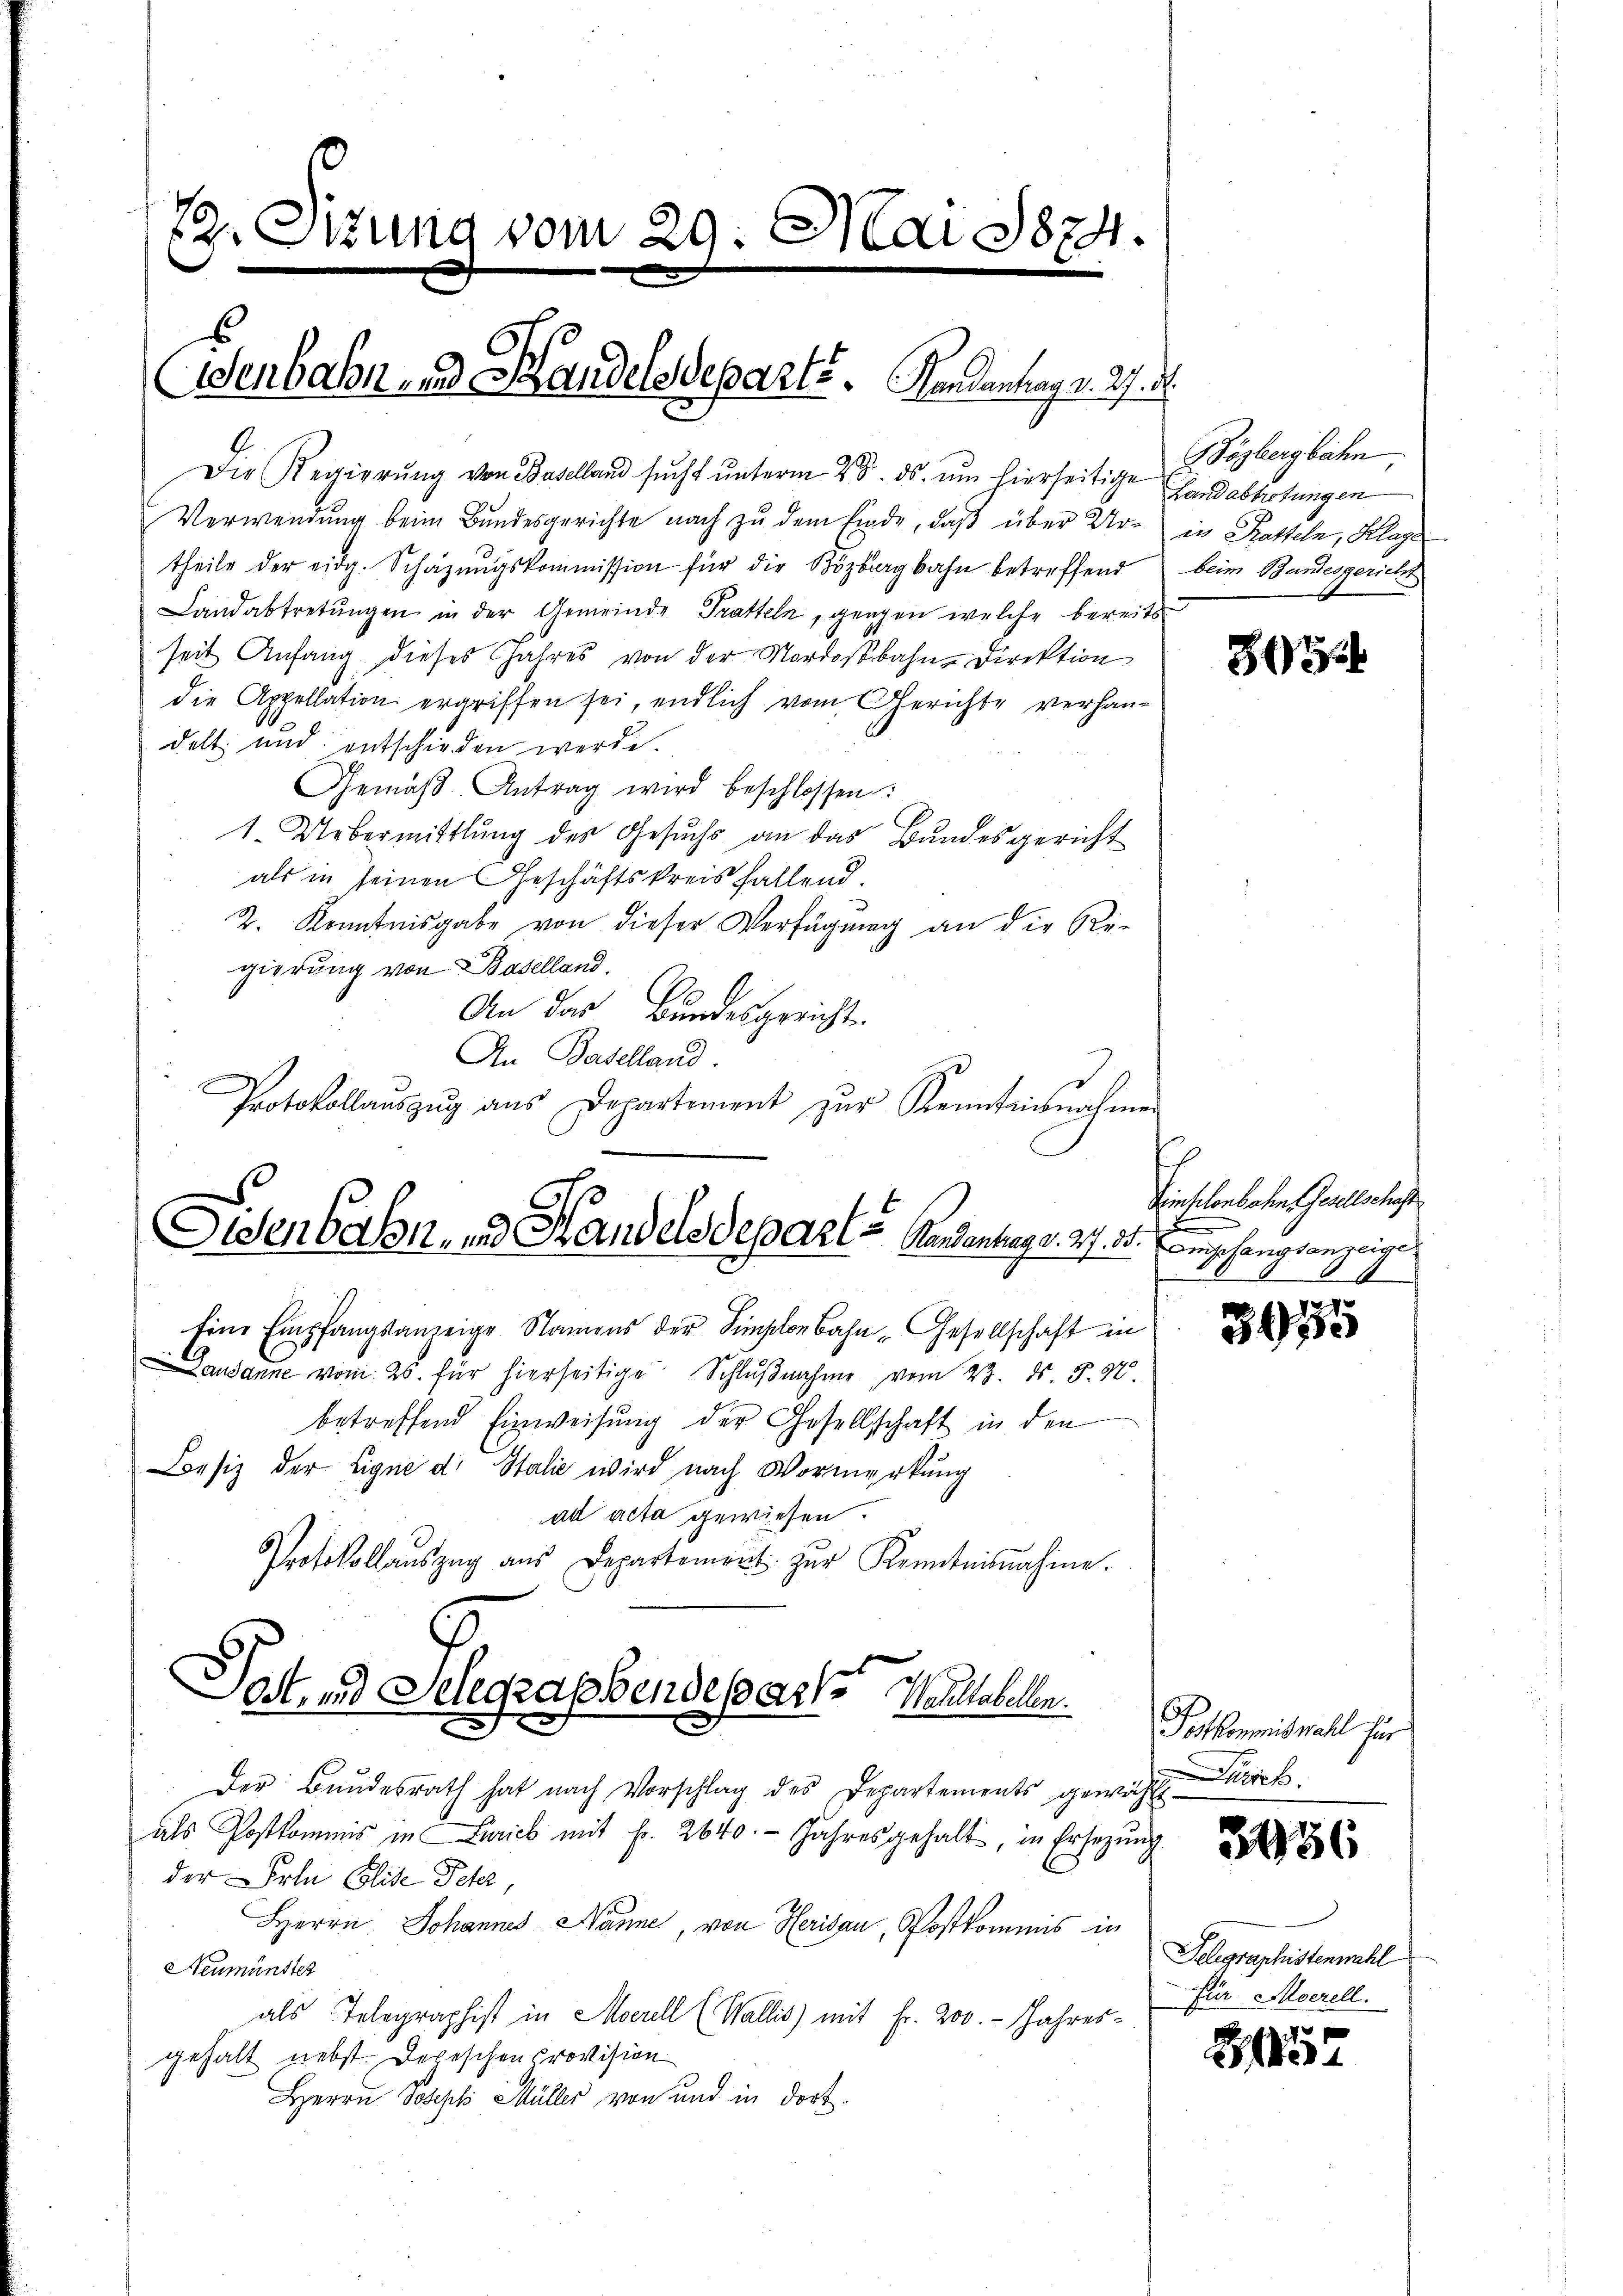
72. Ottung vom 29. Mai 1874.
Wenbahn und Handelsdeparts. Handantrag v. 27. d.

Die Regierŭng von Baselland sucht ŭnterm 25. ds. um hierseitige abholungen
Verwendung beim Bundesgerichte nach zu dem Einde, daß über Ur- in Katteln, Klage
theile der eidg. Schäzŭngskommission für die Bözbergbahn betreffend beim Bundesgericht
Landabtretungen in der Gemeinde Tratteln, ganzen welche bereits
seit Anfang dieses Jahres von der Nordostbahn-Direktion
die Appellation ergriffen sei, endlich vom Gerichte verhandelt und entschieden werde.
Gemäβ-Antrag wird beschlossen:
1. Uebermittlung des Gesŭchs an das Bundesgericht
als in seinen Geschäftskreisfallend.
2. Kenntnisgabe von dieser Verfügung an die Re-
gierung von Baselland.
An das Bundesgericht.
d
An Baselland.
Protokollaŭszŭg aŭs Departement zŭr Kenntnisnahmen
Eine Empfangsanzeige Namens der Simplon Bahn-Gesellschaft in
Dausanne vom 25. für hierseitige Schlŭβnahme vom 23. ds. S. 40.
betreffend Einweisung der Gesellschaft in den
Besiz der Eigne d. Stalie wird nach Vormerkung
ad acta gewiesen.
Protokollaŭszŭg aŭs Departement zŭr Kenntnisnahme.
Post- und Selegraphendeparte Weltabellen. Gotkommiswahl für
Der Bundesrath hat nach Vorschlag des Departements gewählt
als Postkommis in Ferieb mit Fr. 2640. Jahresgehalt, in Ersezung
der Frl. Glide Peter
Herrn Johannes Nanne, von Herisau, Postkommis in
Neumünster
als Telegraphist in Meerell (Wallis) mit Fr. 200. - Jahres-
gehalt nebst. Depeschen Provision
Herrn Joseph Müller von und in dort.

Eisenbahn- und Handelsdepart u. Handentag v. 27. 51. Ebenschangsanzeige

Bögbergbahn

865

Einschenbachen Gesellschaft
d

3075

Zürich.

3156

Telegraphistenwahl
für Moerell.

5
H37